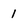
Character: 1